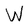
Character: W